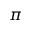
\pi